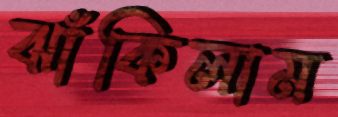
ঝাঁকিলাম